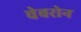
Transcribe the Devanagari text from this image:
चेवरोन